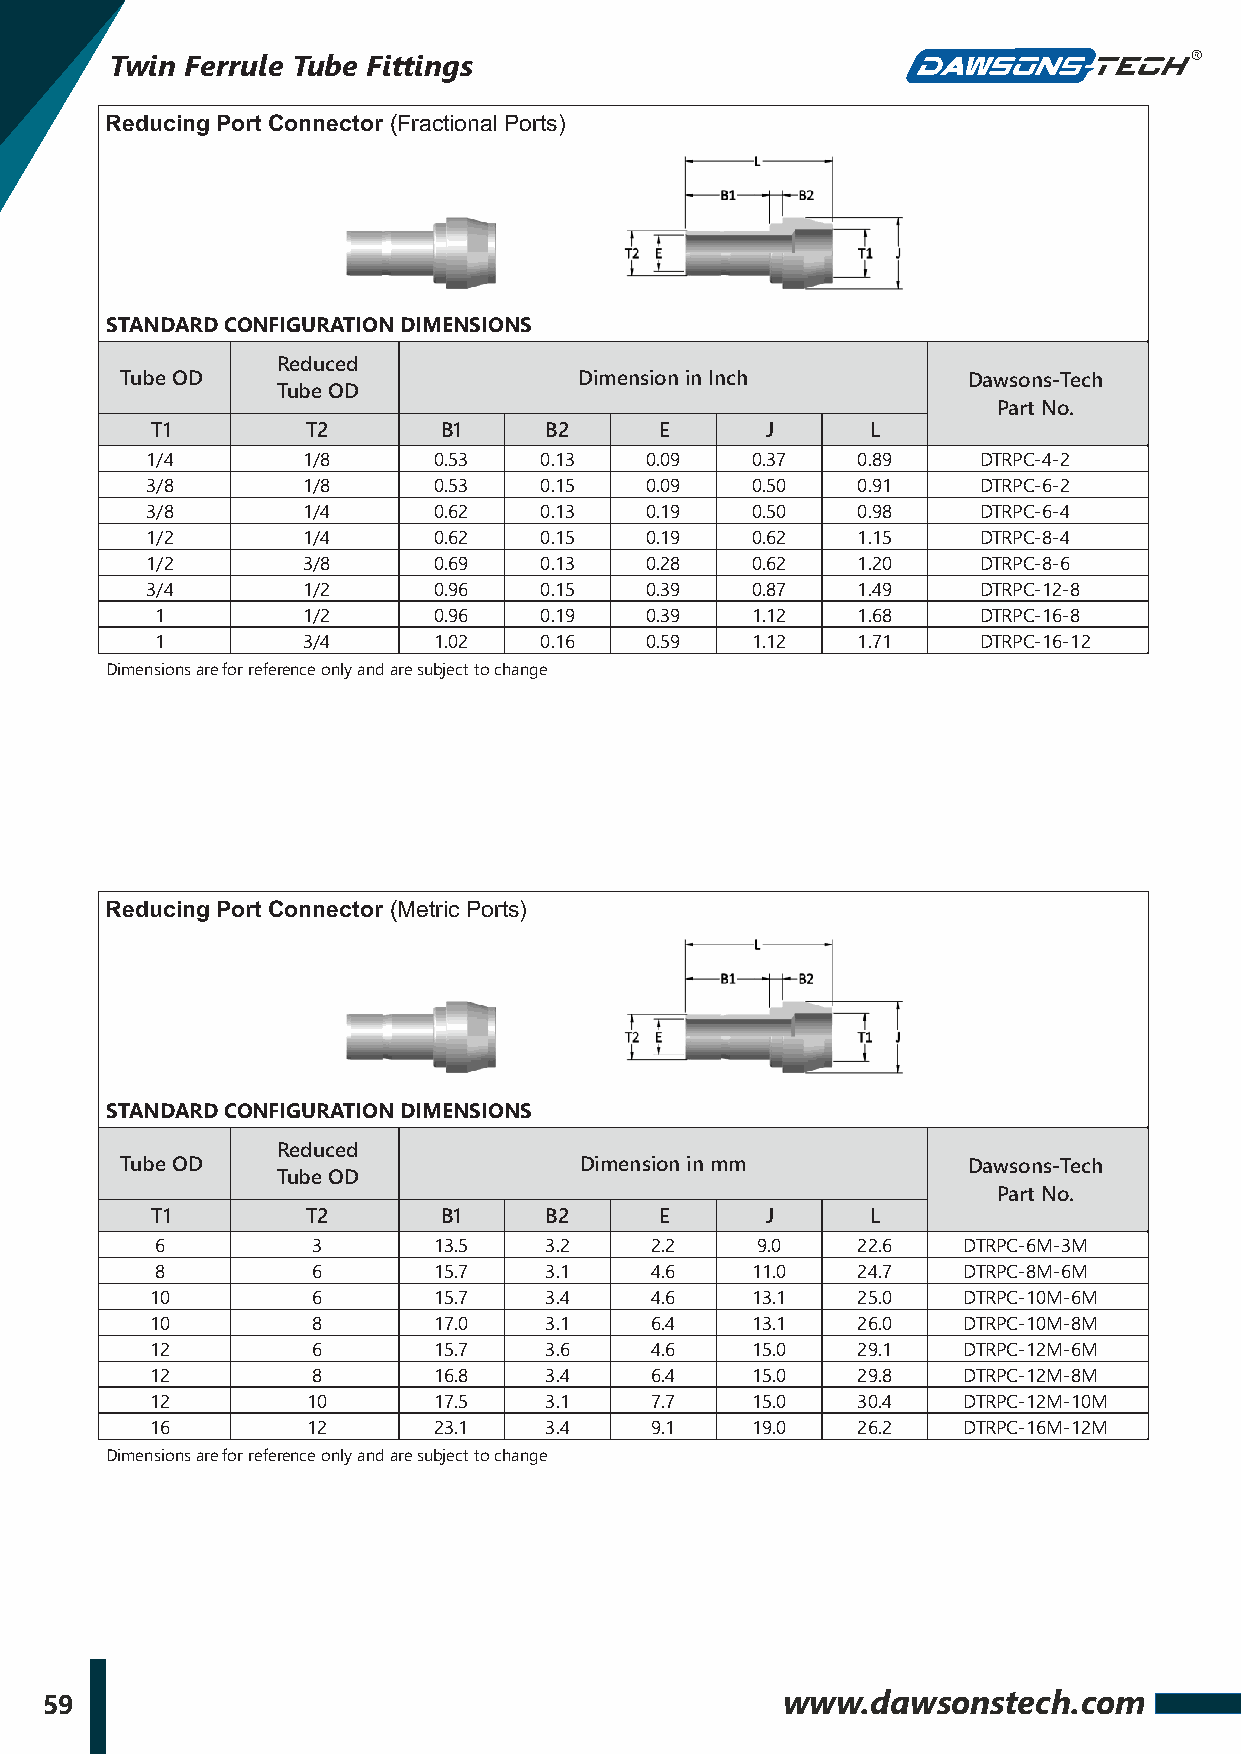
Twin Ferrule Tube Fittings
 Reducing Port Connector (Fractional Ports)
 STANDARD CONFIGURATION DIMENSIONS
 Reduced
 Tube OD                       Dimension in Inch         Dawsons-Tech
 Tube OD
 Part No.
 T1        T2       B1     B2      E      J      L
 1/4       1/8      0.53   0.13   0.09   0.37   0.89    DTRPC-4-2
 3/8       1/8      0.53   0.15   0.09   0.50   0.91    DTRPC-6-2
 3/8       1/4      0.62   0.13   0.19   0.50   0.98    DTRPC-6-4
 1/2       1/4      0.62   0.15   0.19   0.62   1.15    DTRPC-8-4
 1/2       3/8      0.69   0.13   0.28   0.62   1.20    DTRPC-8-6
 3/4       1/2      0.96   0.15   0.39   0.87   1.49    DTRPC-12-8
 1         1/2      0.96   0.19   0.39   1.12   1.68    DTRPC-16-8
 1         3/4      1.02   0.16   0.59   1.12   1.71    DTRPC-16-12
 Dimensions are for reference only and are subject to change
 Reducing Port Connector (Metric Ports)
 STANDARD CONFIGURATION DIMENSIONS
 Reduced
 Tube OD                       Dimension in mm           Dawsons-Tech
 Tube OD
 Part No.
 T1        T2       B1     B2      E      J      L
 6          3       13.5   3.2    2.2    9.0    22.6   DTRPC-6M-3M
 8          6       15.7   3.1    4.6    11.0   24.7   DTRPC-8M-6M
 10         6       15.7   3.4    4.6    13.1   25.0   DTRPC-10M-6M
 10         8       17.0   3.1    6.4    13.1   26.0   DTRPC-10M-8M
 12         6       15.7   3.6    4.6    15.0   29.1   DTRPC-12M-6M
 12         8       16.8   3.4    6.4    15.0   29.8   DTRPC-12M-8M
 12        10       17.5   3.1    7.7    15.0   30.4   DTRPC-12M-10M
 16        12       23.1   3.4    9.1    19.0   26.2   DTRPC-16M-12M
 Dimensions are for reference only and are subject to change
 59                                               www.dawsonstech.com